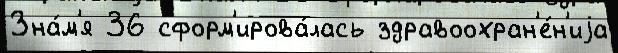
Зна́м'я 36 сформ'ирова́лась здравоохран'е́н'иjа